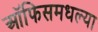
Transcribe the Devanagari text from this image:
ऑफिसमधल्या